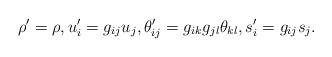
\begin{align*} \rho' = \rho, u_i' = g_{ij} u_j, \theta_{ij}' = g_{ik} g_{jl} \theta_{kl}, s_i' = g_{ij} s_j.\end{align*}